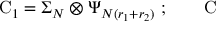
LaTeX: \mathrm { C } _ { 1 } = \Sigma _ { N } \otimes \Psi _ { N ( r _ { 1 } + r _ { 2 } ) } \ ; \qquad \mathrm { C }